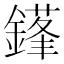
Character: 𨫱